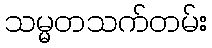
သမ္မတသက်တမ်း